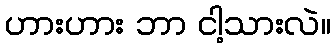
ဟားဟား ဘာ ငါ့သားလဲ။